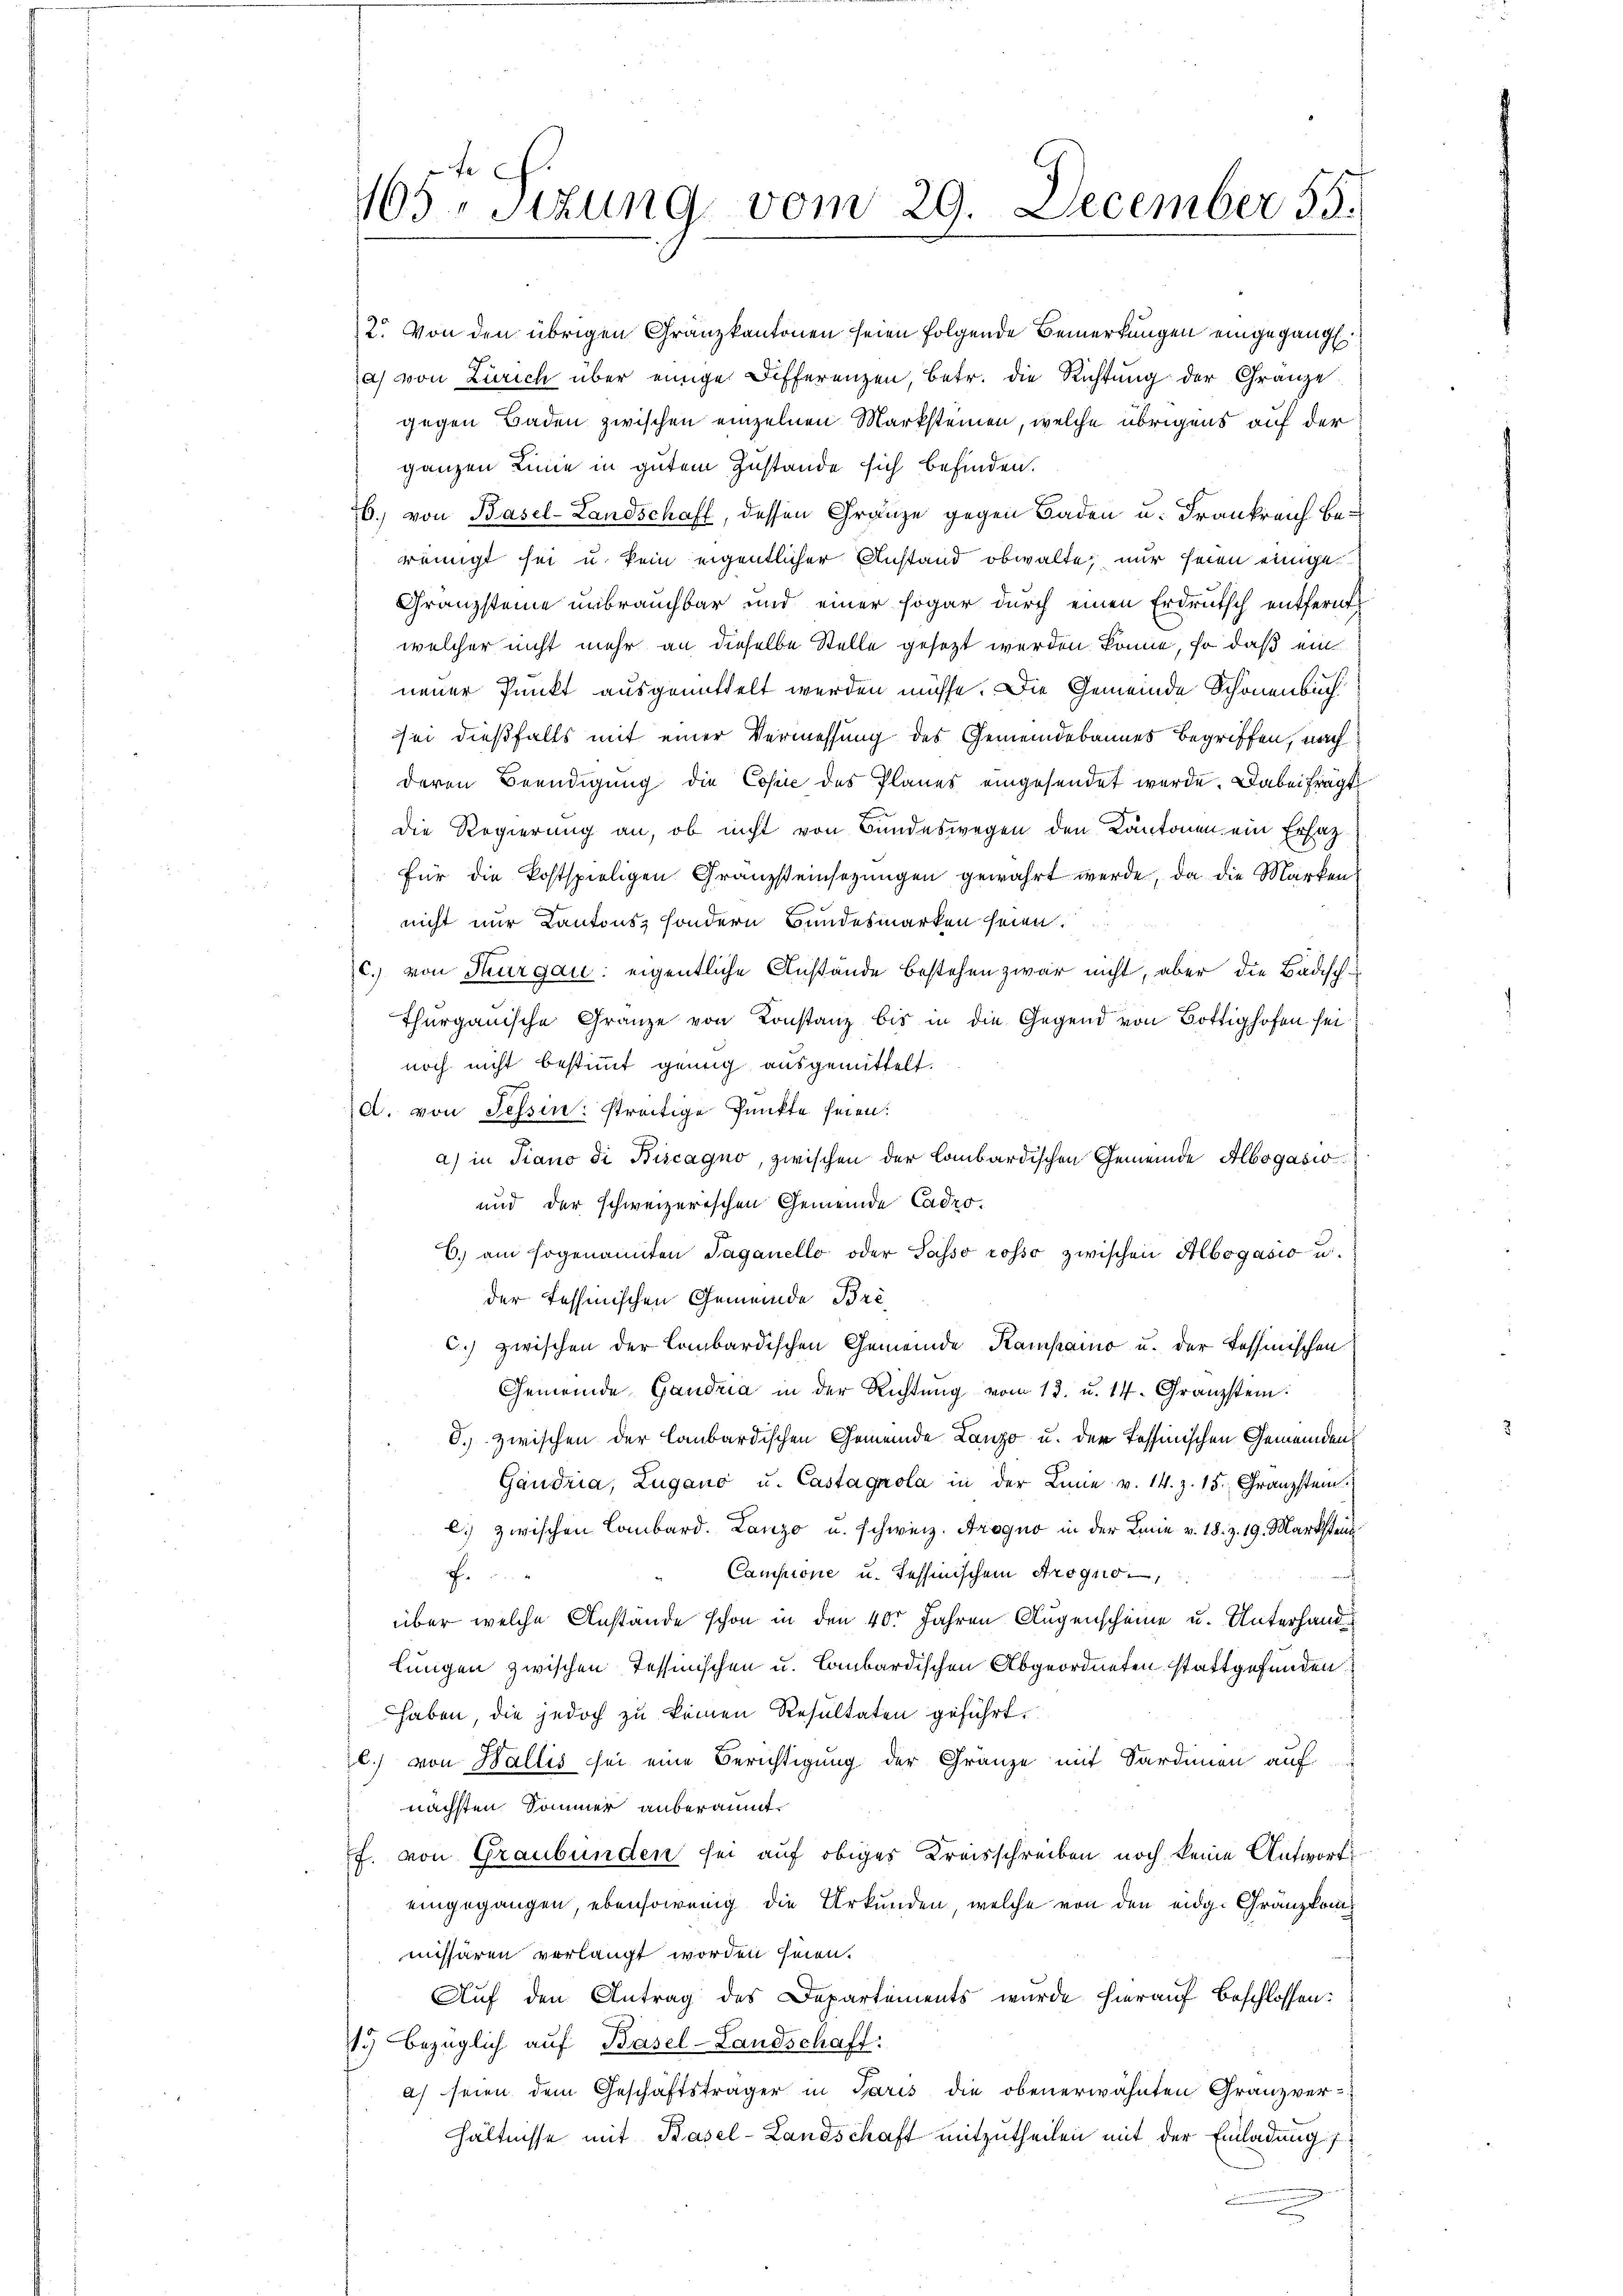
2. Von den übrigen Granzkantonen seien folgende Bemerkungen eingegang
ja) von Zürich über einige Differenzen, betr. die Richtung der Gränze
gegen Baden zwischen einzelnen Marksteinen, welche übrigens auf der
ganzen Linie in gutem Zustande sich befinden.
H. von Basel-Landschaft, dessen Gränze gegen Baden u. Frankreich beweinigt sei u. kein eigentlicher Anstand obwalte, nur seien einige
Granzsteine unbrauchbar und einer sogar durch einen Erdrutsch entfernt
welcher nicht mehr an dieselbe Stelle gesetzt werden könne, so daß ein
neuer Punkt ausgemittelt werden müsse. Die Gemeinde Schönenbuch
sei dießfalls mit einer Vermessung des Gemeindebannes Begriffen, nach
deren Beendigung die Copie des Planes eingesendet werde. Dabei fragt
Die Regierung an, ob nicht von Bundeswegen den Kantonen ein Erfazfür die Postspieligen Granzsteinsezungen gewahrt werde, da die Marken
nicht nur Kantons, sondern Bundesmarken seien.
(c.) von Thurgau: eigentliche Anstände bestehen zwar nicht, aber die Badisch-
Thurgauische Gränze von Konstanz bis in die Gegend von Bottighofen seinoch nicht bestimmt genug ausgemittelt.
d. von Tessin: streitige Punkte seien.
a) in Piano di Biscagno, zwischen der lombardischen Gemeinde Albogacio
und der schweizerischen Gemeinde Cadro¬
C. am sogenannten Taganello oder Sasso rosso zwischen Albogašio u.
der Tessinischen Gemeinde Bri
C.) zwischen der Combardischen Gemeinde Kampano u. der Tessinischen
Gemeinde Gandria in der Richtung vom 13. u. 14. Granzstein:
5.) zwischen der Laubardischen Gemeinde Lanzo u. der Tessinischen Gemeinden
Gandria, Zugano u. Castagnola in der Linie v. 14. Z. 15. Granzstein.
C) zwischen Lombard. Lanzo u. schweiz. Progno in der Linie v. 18. Z. 19. Markstens
Campione u. Tessinischem Grogno-
.
über welche Anstande schon in den 40 Jahren Augenscheine u. Unterhandlungen zwischen Tessinischen u. Lombardischen Abgeordneten stattgefunden.
haben, die jedoch zu keinen Resultaten geführt.
l) von Wallis sei eine Berichtigung der Gränze mit Sardinen auf
nächsten Sommer anberaumt.
f. von Graubünden sei auf obiges Kreisschreiben noch keine Antwort
eingegangen, ebensowenig die Urkunden, welche von den eidg. Gränz(...)¬
missären verlangt worden seien.
Auf den Antrag des Departements wurde hierauf Beschlossen:
11.) Bezüglich auf Basel-Landschaft:
a) seien dem Geschäftsträger in Paris die obenerwähnten Gränz(...)-
hältnisse mit Basel-Landschaft mitzutheilen mit der Einladung
a

i
465. Sizung vom 29. December 55.